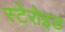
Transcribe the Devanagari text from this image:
स्टेरोइड